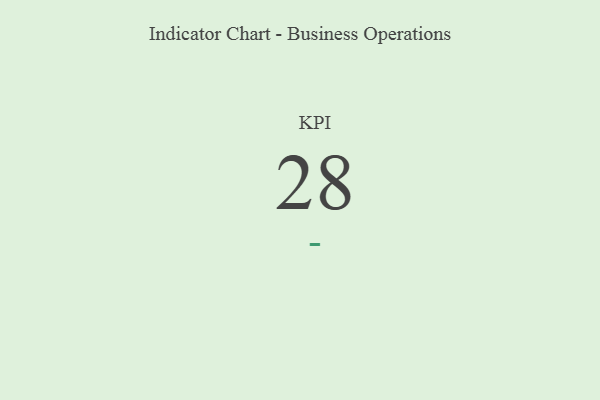
{"axis": {"x": "KPI", "y": "Value"}, "legend": [""], "data": [{"x": "KPI", "y": 28, "type": ""}]}